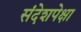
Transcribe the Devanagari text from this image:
संदेशपेक्षा